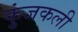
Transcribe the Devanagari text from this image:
कुंजकली